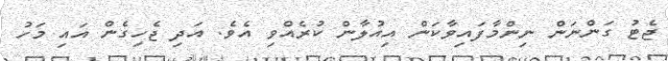
ޖެޓު ގަންނަން ނިންމާފައިވާކަން އިއުލާން ކުރެއްވި އެވެ. އަދި ޖެހިގެން އައި މަހު